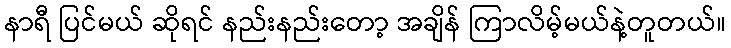
နာရီ ပြင်မယ် ဆိုရင် နည်းနည်းတော့ အချိန် ကြာလိမ့်မယ်နဲ့တူတယ်။